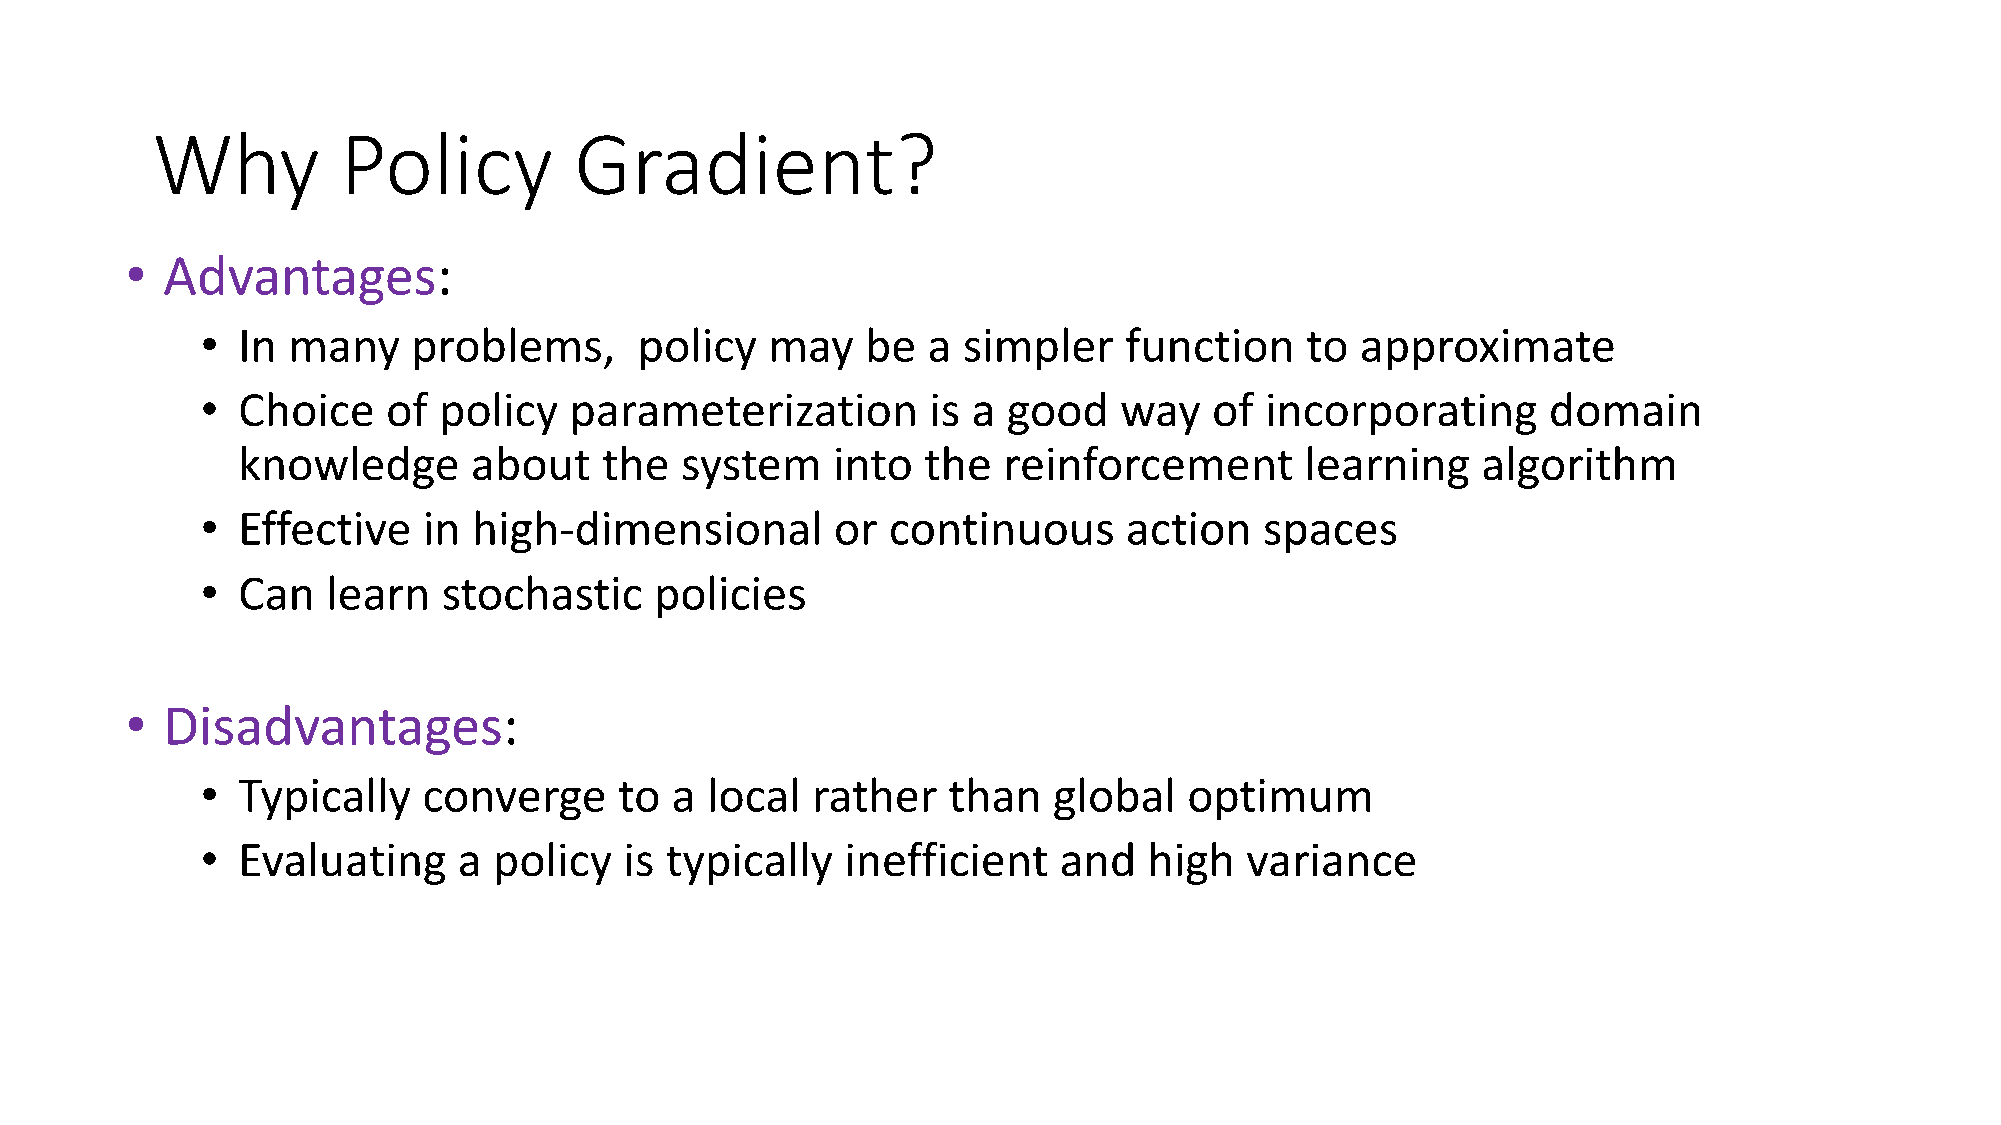
Why          Policy         Gradient?
 •  Advantages:
 •  In many    problems,      policy   may   be  a  simpler   function    to  approximate
 •  Choice    of policy   parameterization        is a good   way   of  incorporating     domain
 knowledge      about    the  system    into  the  reinforcement       learning    algorithm
 •  Effective   in high-dimensional        or  continuous      action   spaces
 •  Can   learn  stochastic    policies
 •  Disadvantages:
 •  Typically   converge     to a  local  rather   than   global   optimum
 •  Evaluating    a  policy  is typically   inefficient   and   high  variance